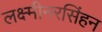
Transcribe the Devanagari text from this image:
लक्ष्मीनरसिंहन